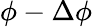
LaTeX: \phi-\Delta\phi